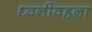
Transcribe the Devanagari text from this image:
ध्वनीवहना